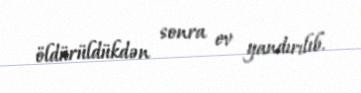
öldürüldükdən sonra ev yandırılıb.